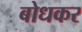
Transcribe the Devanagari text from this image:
बोधकर